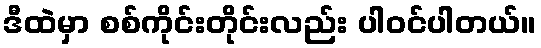
ဒီထဲမှာ စစ်ကိုင်းတိုင်းလည်း ပါဝင်ပါတယ်။